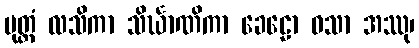
မုတ္တံ လသိကာ သိင်္ဃာဏိကာ ခေဠော ဝသာ အဿု၊